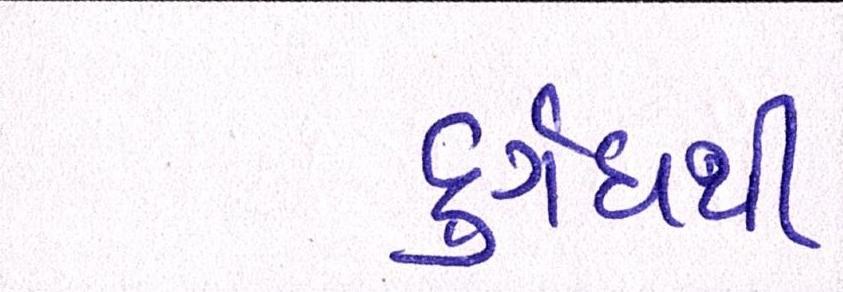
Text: દુર્ગંધથી